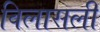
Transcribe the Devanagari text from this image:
विलासली